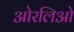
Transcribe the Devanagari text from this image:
ओरलिओ